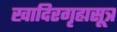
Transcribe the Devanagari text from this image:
खादिरगृह्यसूत्र